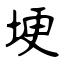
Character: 埂